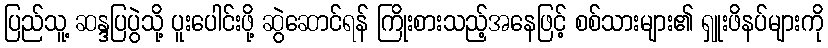
ပြည်သူ့ ဆန္ဒပြပွဲသို့ ပူးပေါင်းဖို့ ဆွဲဆောင်ရန် ကြိုးစားသည့်အနေဖြင့် စစ်သားများ၏ ရှူးဖိနပ်များကို